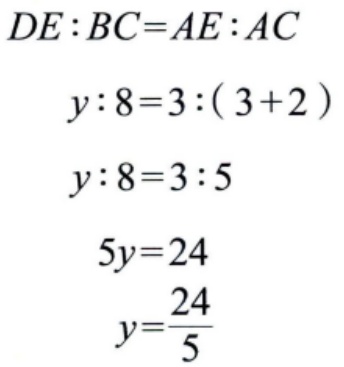
\[
\begin{align*}
DE:BC&=AE:AC\\
y:8&=3:(3 + 2)\\
y:8&=3:5\\
5y&=24\\
y&=\frac{24}{5}
\end{align*}
\]